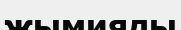
жымияды